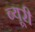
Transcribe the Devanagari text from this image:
ब्यूरी